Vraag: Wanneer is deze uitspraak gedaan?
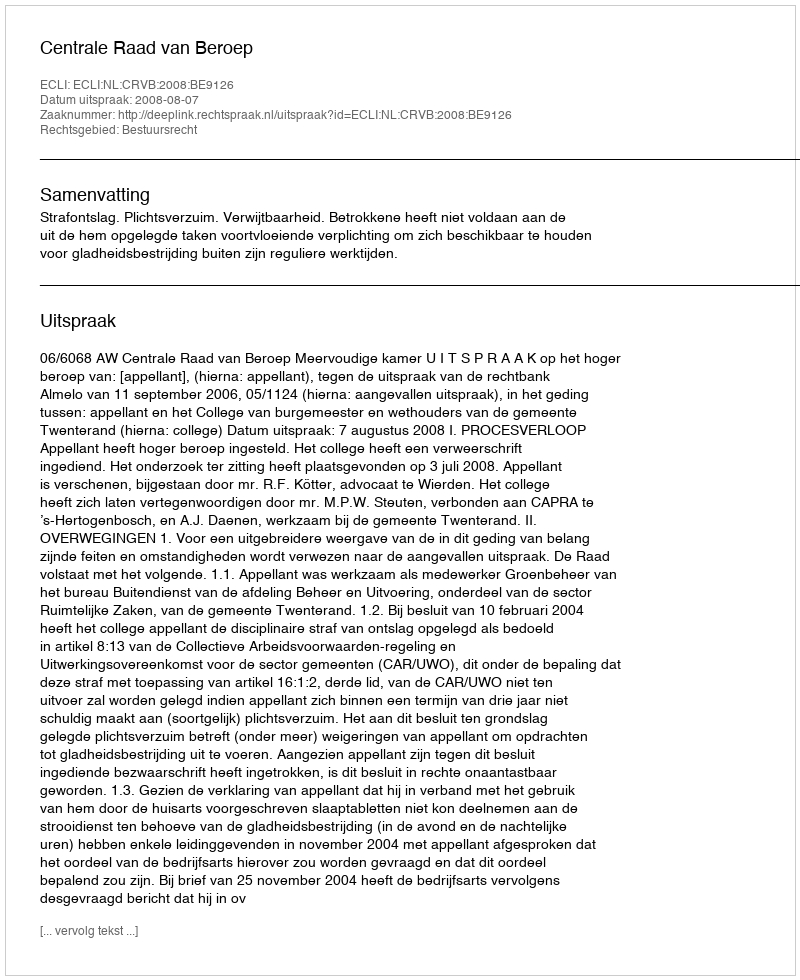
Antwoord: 2008-08-07